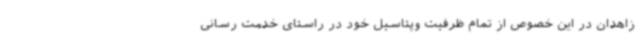
زاهدان در این خصوص از تمام ظرفیت وپتاسیل خود در راستای خدمت رسانی